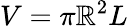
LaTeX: V=\pi\mathbb{R}^{2}L